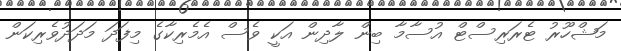
މަޝްހޫރު ޓެރަރިސްޓް އުސާމާ ބިން ލާދިން އަކީ ވެސް އެމެރިކާގެ މިފަދަ މަދަދުވެރިކަން